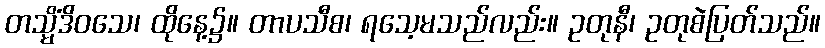
တသ္မိံဒိဝသေ၊ ထိုနေ့၌။ တာပသီစ၊ ရသေ့မသည်လည်း။ ဥတုနီ၊ ဥတုစဲပြတ်သည်။